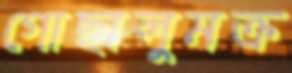
গোছালুমক্র